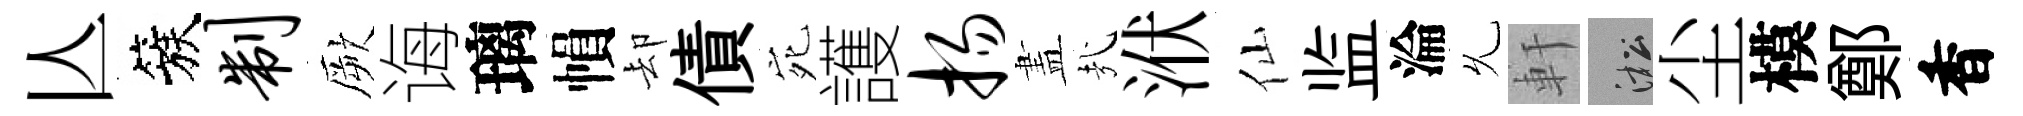
亾簇制厥诲璃𢄙却債宛護扬𥁞㢤洑仙监淪𠃔軒淞尘模鄭香